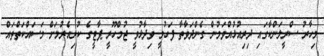
މިހާރު ސްރީލަންކާގައި ދިރިއުޅުއްވަމުން ގެންދަވާތާ ފަހުމީ ވިދާޅުވީ ޖުމްހޫރީ ޕާޓީގެ ކުރިއެރުމަށް މަސައްކަތްތައް